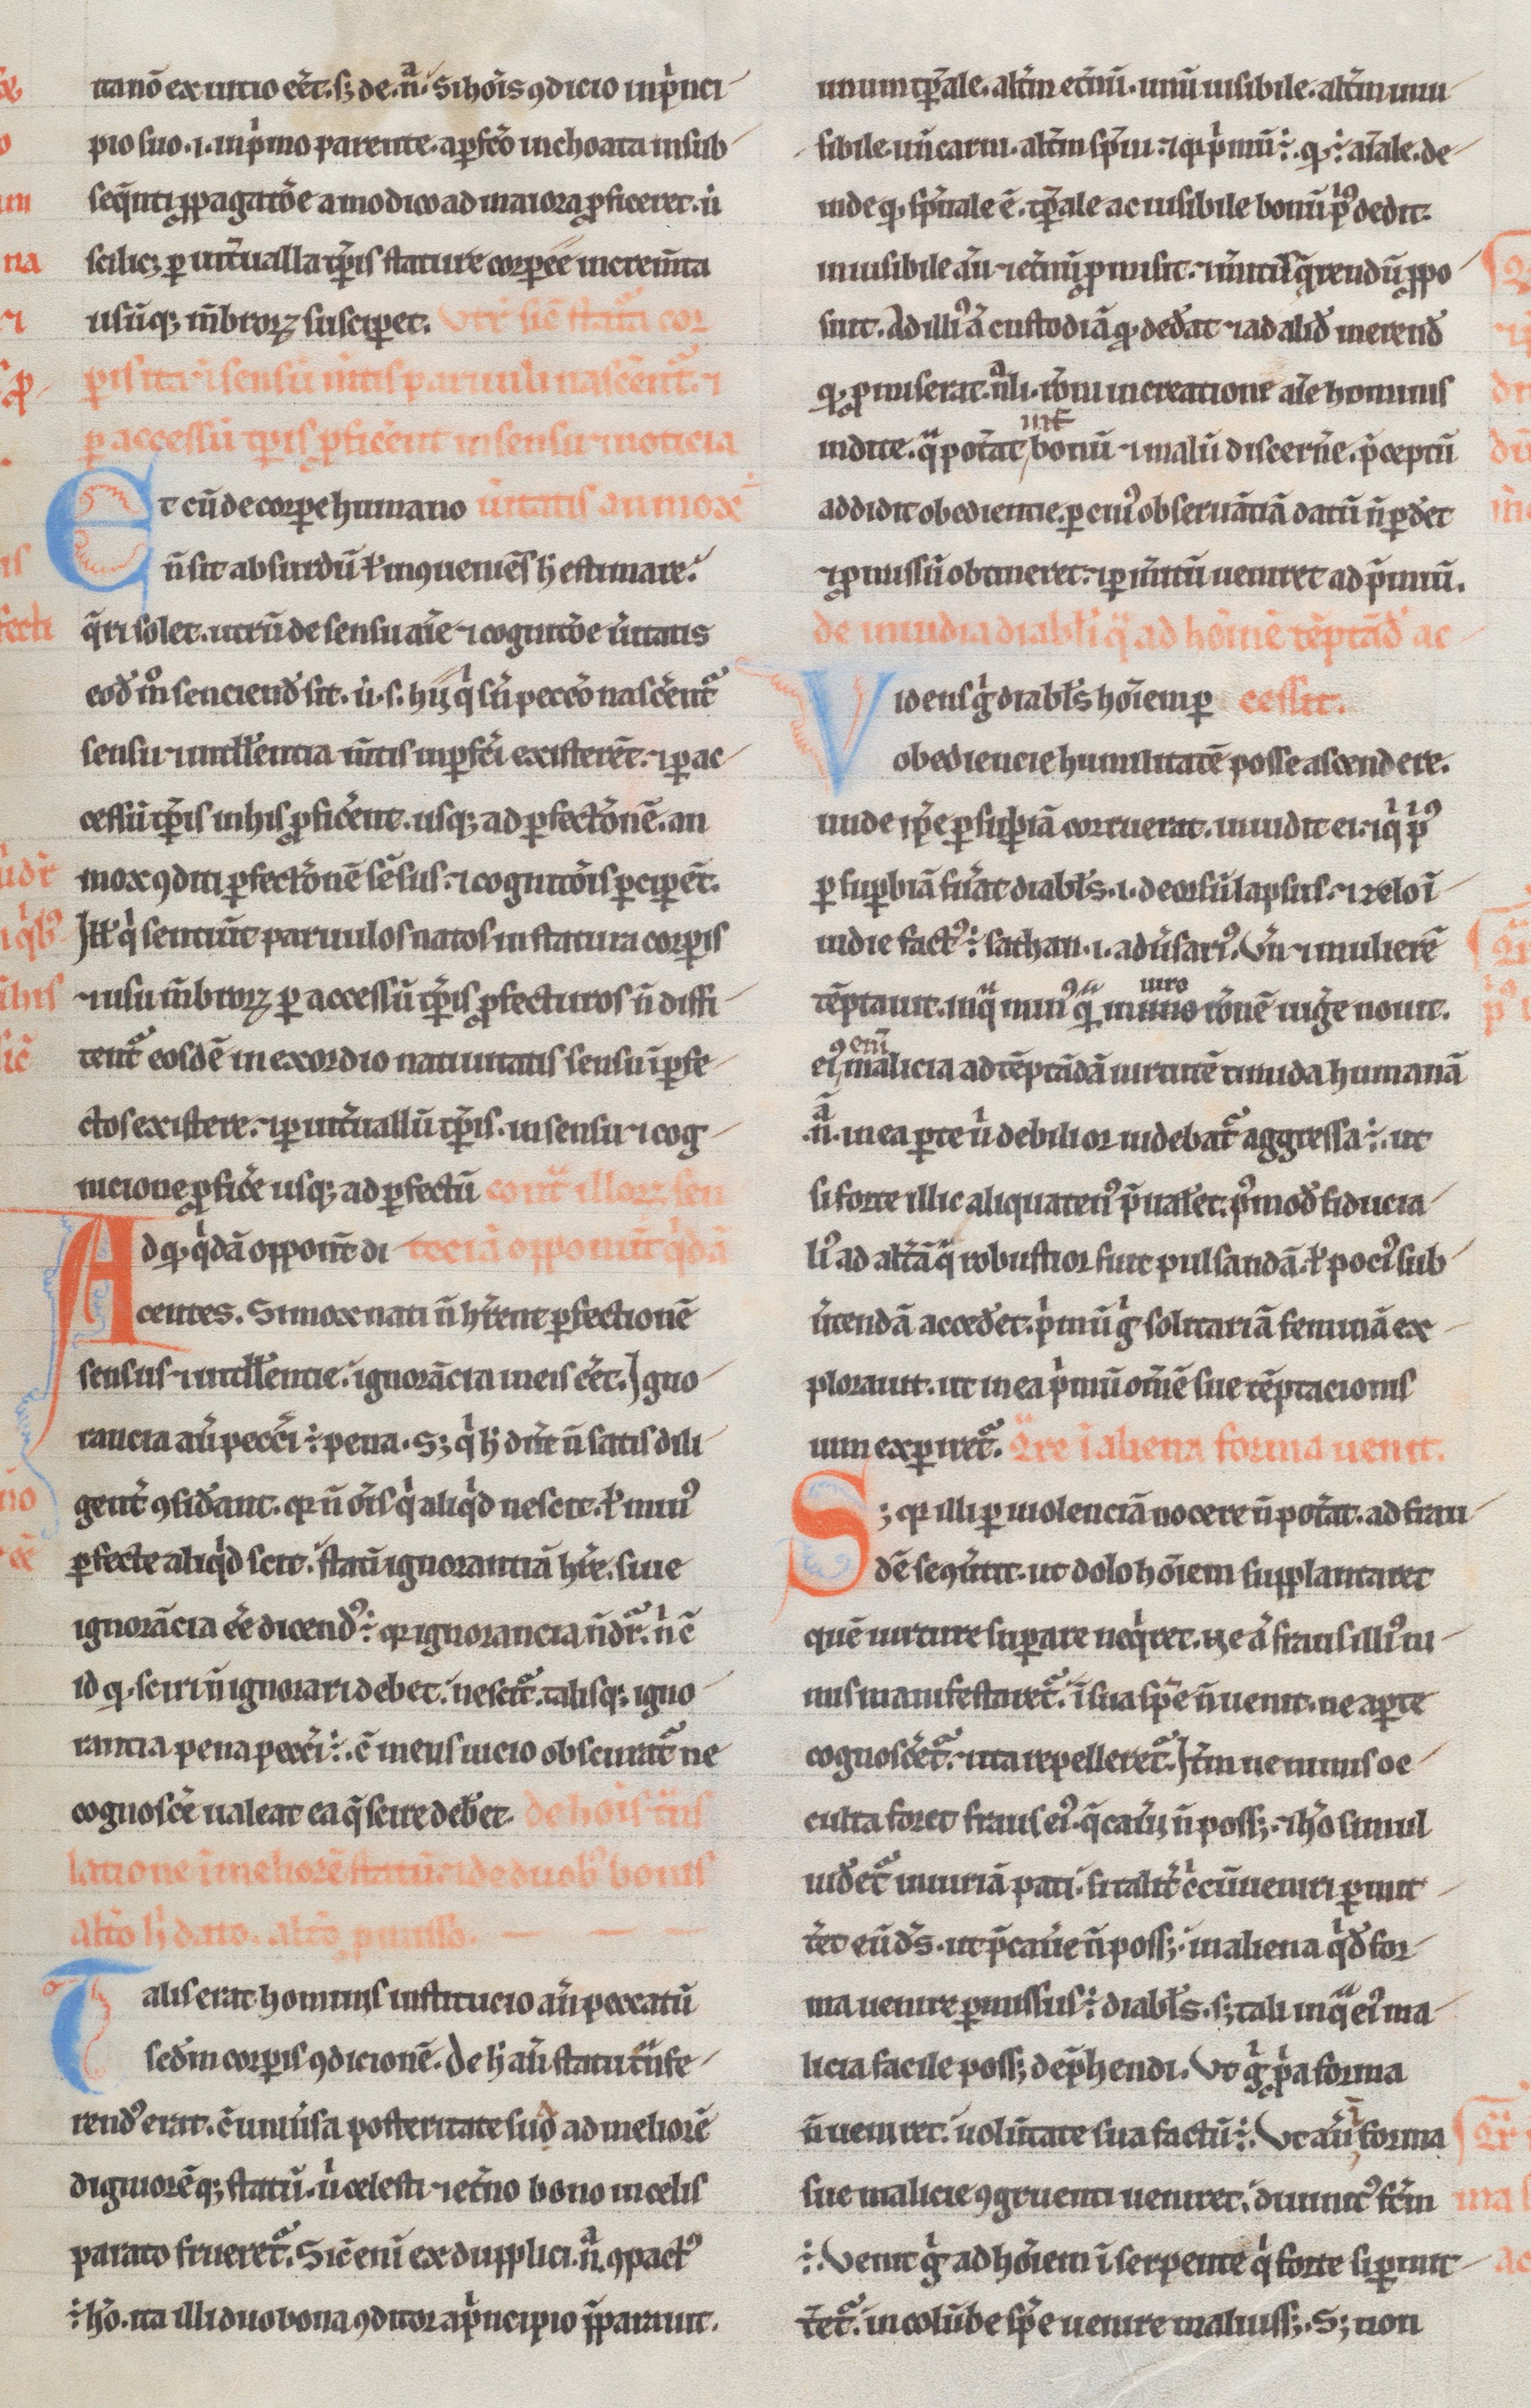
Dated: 1180–1190